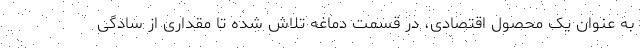
به عنوان یک محصول اقتصادی، در قسمت دماغه تلاش شده تا مقداری از سادگی